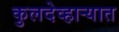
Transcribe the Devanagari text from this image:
कुलदेव्हार्‍यात